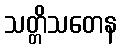
သတ္တိသတေန